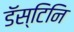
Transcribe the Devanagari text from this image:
डॅस्टिनि